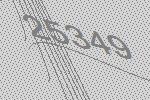
25349